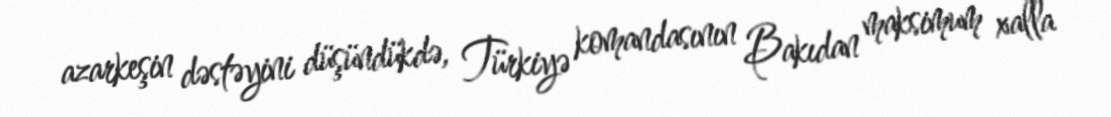
azarkeşin dəstəyini düşündükdə, Türkiyə komandasının Bakıdan maksimum xalla